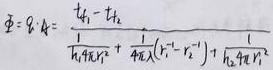
$\varPhi =q_{A}=\frac {t_{f1}-t_{f2}}{\frac {1}{h_{1}A_{1}}\ln \frac {r_{2}}{r_{1}}+\frac {1}{4\pi \lambda }(r_{2}^{-1}-r_{1}^{-1})+\frac {1}{h_{2}A_{2}r_{2}^{-1}}}$